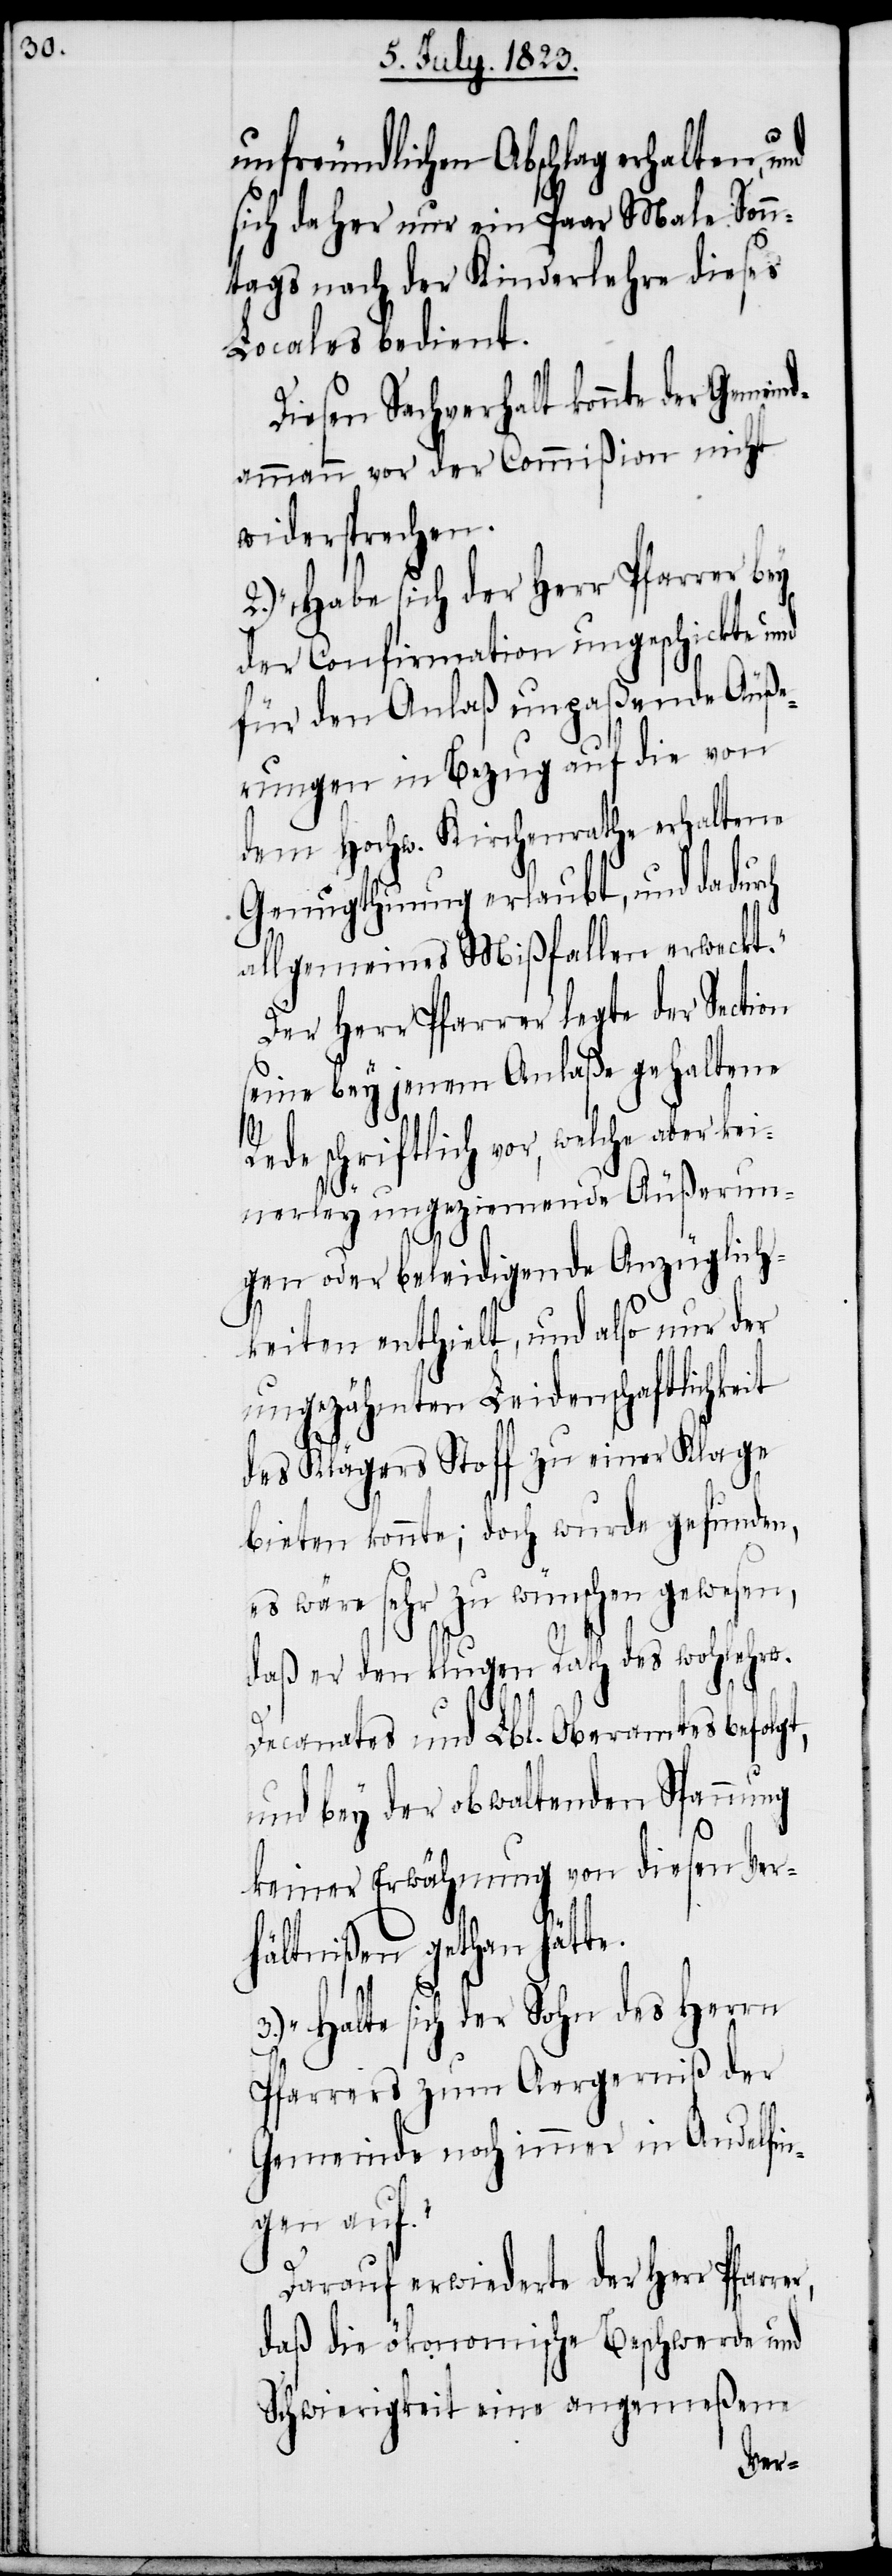
unfreundlichen Abschlag erhalten, und
sich daher nur ein Paar Male Sonn¬
tags nach der Kinderlehre dieses
Locales bedient.
Diesen Sachverhalt konnte der Gemei¬
ndammann vor der Commißion nicht
widersprechen.
2.) „Habe sich der Herr Pfarrer bey
der Confirmation ungeschickte und
für den Anlaß unpaßende Äuße¬
rungen in Bezug auf die von
dem Hochw. Kirchenrathe erhaltene
Genugthuung erlaubt, und dadurch
allgemeines Mißfallen erweckt.“
Der Herr Pfarrer legte der Section
seine bey jenem Anlaße gehaltene
Rede schriftlich vor, welche aber ke¬
inerley ungeziemende Äußerun¬
gen oder beleidigende Anzüglich¬
keiten enthielt, und also nur der
ungezähmten Leidenschaftlichkeit
des Klägers Stoff zu einer Klage
bieten konnte; doch wurde gefunden,
es wäre sehr zu wünschen gewesen,
daß er den klugen Rath des wohlehrw.
er,
Decanates und Lbl. Oberamtes befolgt,
und bey der obwaltenden Spannung
keiner Erwähnung von diesen Ver¬
hältnißen gethan hätte.
3.) „Halte sich der Sohn des Herrn
Pfarrers zum Aergerniß der
Gemeinde noch immer in Andelfin¬
gen auf.“
Darauf erwiederte der Herr Pfarr¬
daß die ökonomische Beschwerde und
Schwierigkeit eine angemeßene